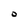
Character: O